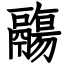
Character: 鬺